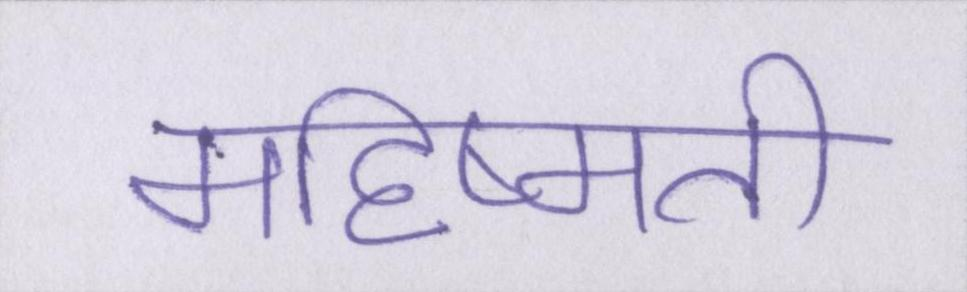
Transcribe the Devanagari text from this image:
महिष्मती